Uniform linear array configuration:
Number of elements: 4
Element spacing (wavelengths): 0.25
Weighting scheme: binomial
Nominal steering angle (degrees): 30
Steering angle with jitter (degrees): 28.399
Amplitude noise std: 0.05
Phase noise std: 0.05

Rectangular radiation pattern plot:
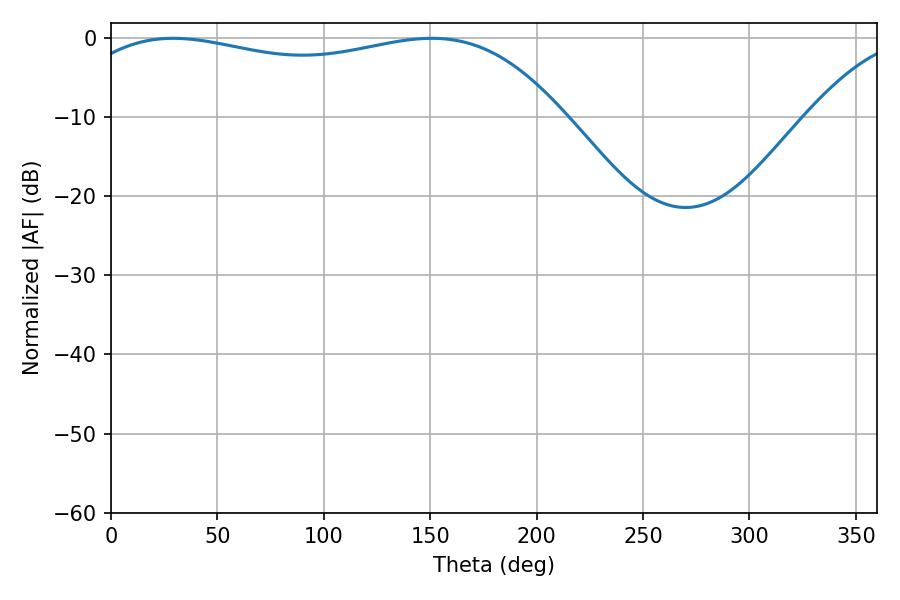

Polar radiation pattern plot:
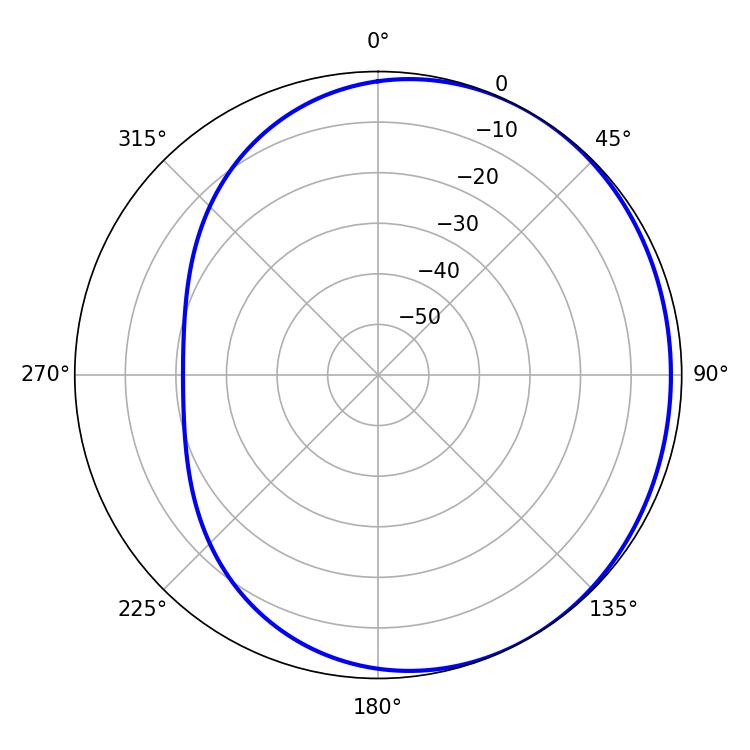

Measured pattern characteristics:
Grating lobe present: FALSE
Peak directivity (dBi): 1.414
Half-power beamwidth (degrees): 186.84
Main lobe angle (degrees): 29.34